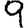
Digit: 9